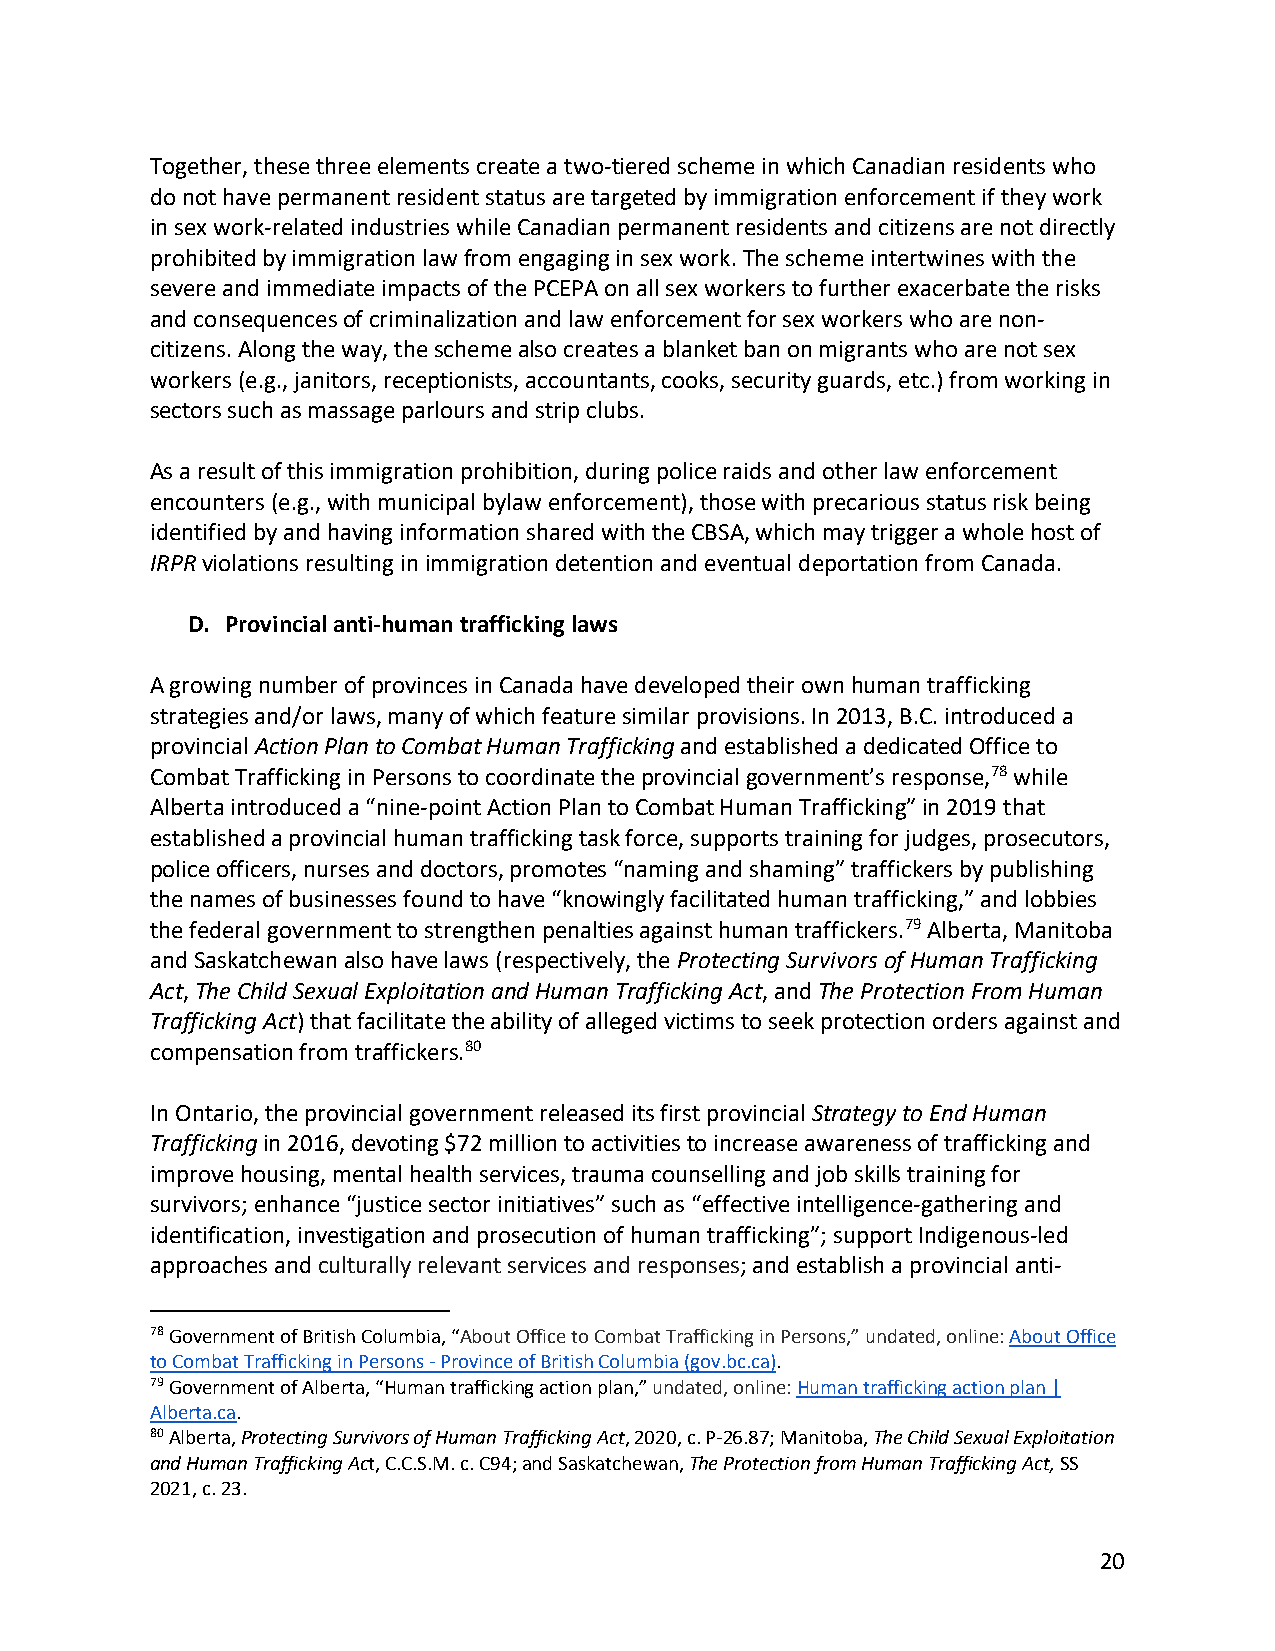
Together, these three elements create a two-tiered scheme in which Canadian residents who
 do not have permanent resident status are targeted by immigration enforcement if they work
 in sex work-related industries while Canadian permanent residents and citizens are not directly
 prohibited by immigration law from engaging in sex work. The scheme intertwines with the
 severe and immediate impacts of the PCEPA on all sex workers to further exacerbate the risks
 and consequences of criminalization and law enforcement for sex workers who are non-
 citizens. Along the way, the scheme also creates a blanket ban on migrants who are not sex
 workers (e.g., janitors, receptionists, accountants, cooks, security guards, etc.) from working in
 sectors such as massage parlours and strip clubs.
 As a result of this immigration prohibition, during police raids and other law enforcement
 encounters (e.g., with municipal bylaw enforcement), those with precarious status risk being
 identified by and having information shared with the CBSA, which may trigger a whole host of
 IRPR violations resulting in immigration detention and eventual deportation from Canada.
 D. Provincial anti-human trafficking laws
 A growing number of provinces in Canada have developed their own human trafficking
 strategies and/or laws, many of which feature similar provisions. In 2013, B.C. introduced a
 provincial Action Plan to Combat Human Trafficking and established a dedicated Office to
 Combat Trafficking in Persons to coordinate the provincial government’s response,78 while
 Alberta introduced a “nine-point Action Plan to Combat Human Trafficking” in 2019 that
 established a provincial human trafficking task force, supports training for judges, prosecutors,
 police officers, nurses and doctors, promotes “naming and shaming” traffickers by publishing
 the names of businesses found to have “knowingly facilitated human trafficking,” and lobbies
 the federal government to strengthen penalties against human traffickers.79 Alberta, Manitoba
 and Saskatchewan also have laws (respectively, the Protecting Survivors of Human Trafficking
 Act, The Child Sexual Exploitation and Human Trafficking Act, and The Protection From Human
 Trafficking Act) that facilitate the ability of alleged victims to seek protection orders against and
 compensation from traffickers.80
 In Ontario, the provincial government released its first provincial Strategy to End Human
 Trafficking in 2016, devoting $72 million to activities to increase awareness of trafficking and
 improve housing, mental health services, trauma counselling and job skills training for
 survivors; enhance “justice sector initiatives” such as “effective intelligence-gathering and
 identification, investigation and prosecution of human trafficking”; support Indigenous-led
 approaches and culturally relevant services and responses; and establish a provincial anti-
 78 Government of British Columbia, “About Office to Combat Trafficking in Persons,” undated, online: About Office
 to Combat Trafficking in Persons - Province of British Columbia (gov.bc.ca).
 79 Government of Alberta, “Human trafficking action plan,” undated, online: Human trafficking action plan |
 Alberta.ca.
 80 Alberta, Protecting Survivors of Human Trafficking Act, 2020, c. P-26.87; Manitoba, The Child Sexual Exploitation
 and Human Trafficking Act, C.C.S.M. c. C94; and Saskatchewan, The Protection from Human Trafficking Act, SS
 2021, c. 23.
 20